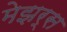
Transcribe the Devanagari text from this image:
मेझर्स